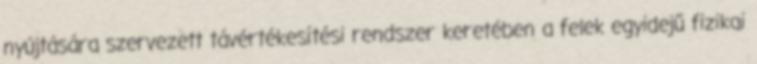
nyújtására szervezett távértékesítési rendszer keretében a felek egyidejű fizikai